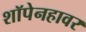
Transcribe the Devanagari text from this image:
शॉपेनहावर